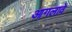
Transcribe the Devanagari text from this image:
आगलावे